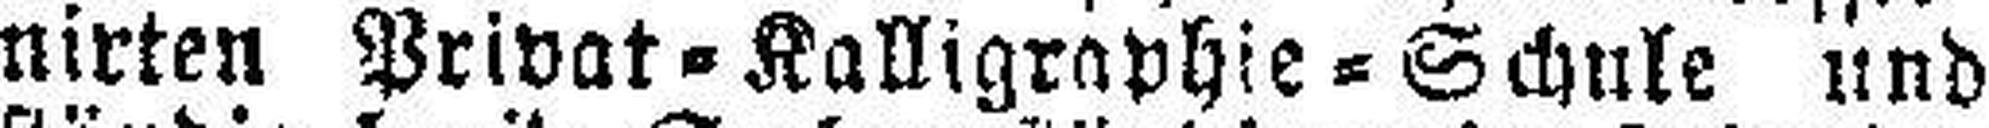
nirten Privat=Kalligraphie=Schule und